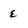
Character: E